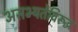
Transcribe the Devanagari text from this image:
असभ्यतेविरूद्ध